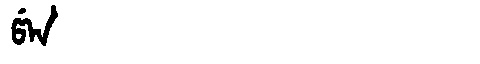
Manchu: ᡦᡝᠨ
Romanization: PEN